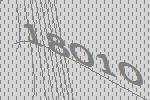
18010